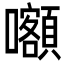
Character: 𡅅